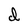
Character: d